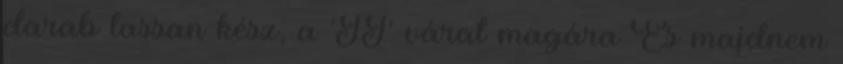
darab lassan kész, a 'II' várat magára És majdnem